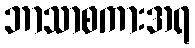
ဘာသာစကားအရ